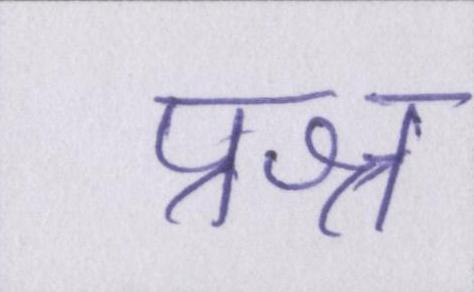
प्रश्न